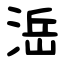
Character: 㴈